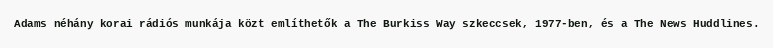
Adams néhány korai rádiós munkája közt említhetők a The Burkiss Way szkeccsek, 1977-ben, és a The News Huddlines.